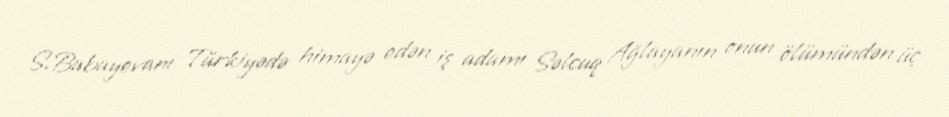
S.Babayevanı Türkiyədə himayə edən iş adamı Səlcuq Ağlayanın onun ölümündən üç